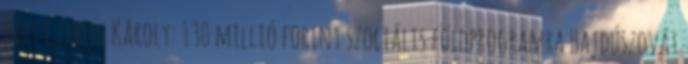
hírt Czibere Károly: 130 millió forint szociális földprogramra Hajdúszovát